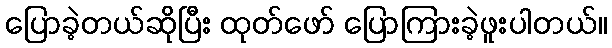
ပြောခဲ့တယ်ဆိုပြီး ထုတ်ဖော် ပြောကြားခဲ့ဖူးပါတယ်။